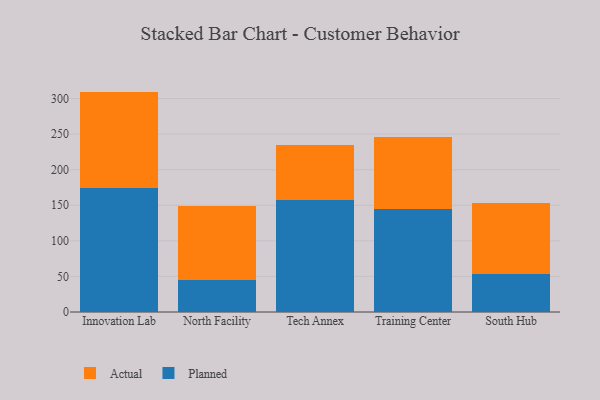
{"axis": {"x": "Campus", "y": "Backlog"}, "legend": ["Actual", "Planned"], "data": [{"x": "Innovation Lab", "y": 174.5, "type": "Planned"}, {"x": "Innovation Lab", "y": 135.3, "type": "Actual"}, {"x": "North Facility", "y": 45.3, "type": "Planned"}, {"x": "North Facility", "y": 103.2, "type": "Actual"}, {"x": "Tech Annex", "y": 157.6, "type": "Planned"}, {"x": "Tech Annex", "y": 77.4, "type": "Actual"}, {"x": "Training Center", "y": 144.4, "type": "Planned"}, {"x": "Training Center", "y": 101.0, "type": "Actual"}, {"x": "South Hub", "y": 53.7, "type": "Planned"}, {"x": "South Hub", "y": 99.4, "type": "Actual"}]}